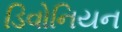
ડિવોનિયન